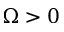
\Omega > 0